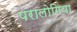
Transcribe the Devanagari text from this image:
परालोगिया